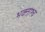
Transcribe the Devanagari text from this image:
भक्ताश्च